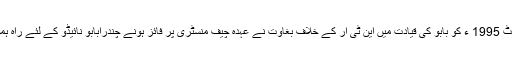
20 اگسٹ 1995 ء کو بابو کی قیادت میں این ٹی آر کے خلاف بغاوت نے عہدہ چیف منسٹری پر فائز ہونے چندرابابو نائیڈو کے لئے راہ ہموار کی۔